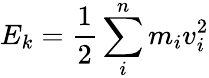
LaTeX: E_{k}=\frac{1}{2}\sum_{i}^{n}m_{i}v_{i}^{2}